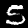
Label: 5